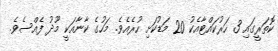
ކޮތަރީގައި 3 ހަރުކައްޓާއެކު 20 މަޑުކަށި ހުރެއެވެ. މަހުގެ ކާނާއަކީ މޫދު ފެއްސެވެ.